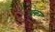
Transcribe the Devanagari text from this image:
होक़र